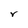
Character: r